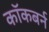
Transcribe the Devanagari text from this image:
काॅकबर्न